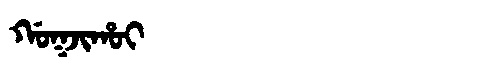
Manchu: ᡤᠣᡴᠵᡳᡥᠣᡳ
Romanization: GOKJIHOI